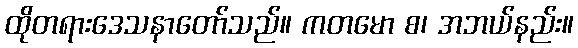
ထိုတရားဒေသနာတော်သည်။ ကတမော စ၊ အဘယ်နည်း။